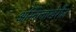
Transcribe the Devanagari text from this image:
अस्तित्वाखेरीज